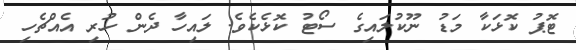
ޓޮޕު ކޮޅަކާ މަޑު ނޫކުލައިގެ ސޯޓު ކޮޅެކެވެ. ލައިހާ ދެން ހުރި އެއްޗެހި